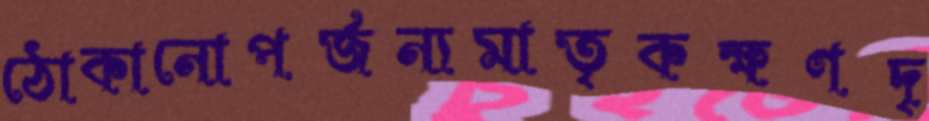
ঠোকানোপর্জন্যমাতৃকক্ষণদৃ